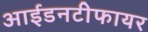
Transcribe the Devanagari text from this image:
आईडनटीफायर